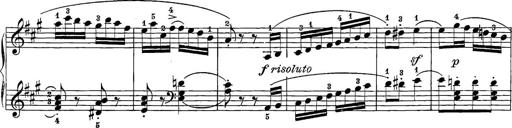
Title: 12 Sonatine per Pianoforte
Composer: Friedrich Kuhlau